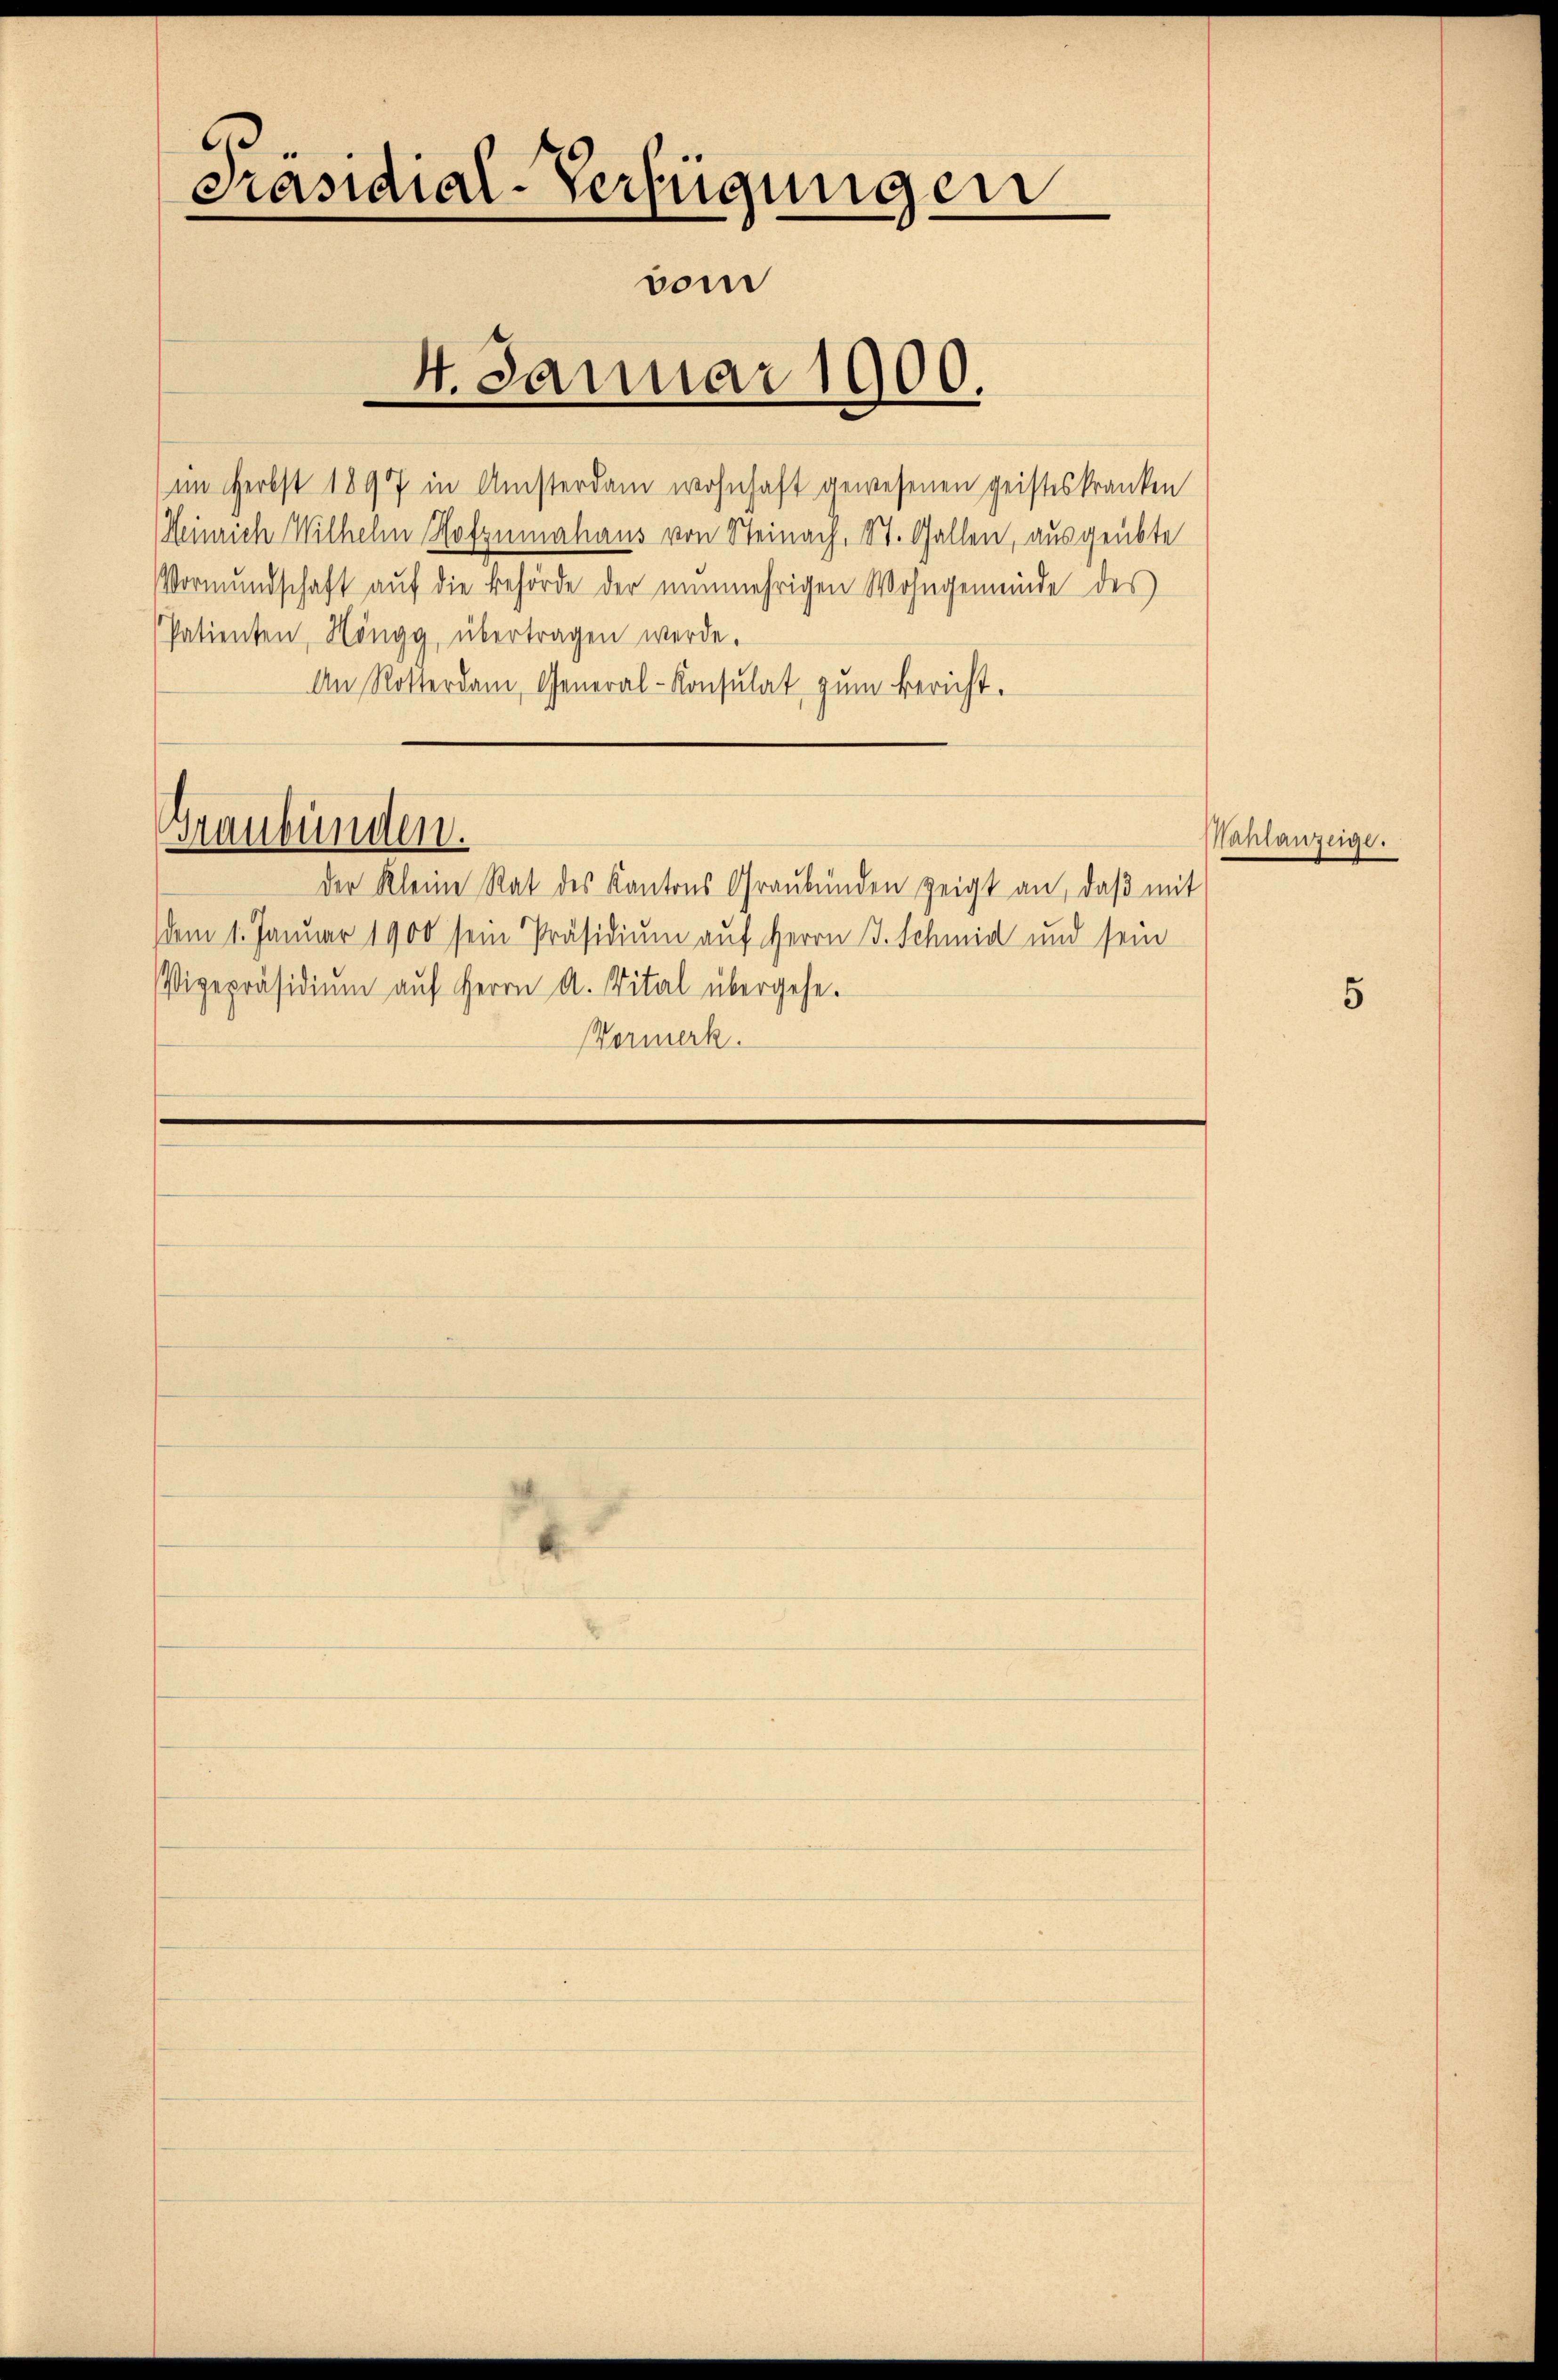
Vormundschaft auf die Behörde der nunmehrigen Wohngemeinde des
Patienten, Höngg, übertragen werde.
An Rotterdam, General-Consulat zum Bericht.

der Kleine Rat des Kantons Graubünden zeigt an, daß mit
dem 1. Januar 1900 sein Präsidium auf Herrn J. Schmid und sein
Vizepräsidium auf Herrn A. Vital übergehe.
Vormerk.

Präsidial-Verfügungen
vom
4. Januar 1900.

Graubünden.

im Herbst 1897 in Ansterdam wohnhaft gewesenen geisteskranken
Heinrich Wilhelm Hofzumahaus von Steinach, St. Gallen, ausgeübte

Nahlanzeige.

5